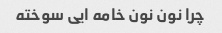
چرا نون نون خامه ایی سوخته